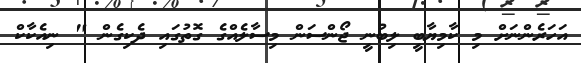
އަހަރެންނަށް މި ކާމިޔާބީ ލިބުނީ ޖޯންސަން މިސާލެއްގެ ގޮތުގައި ދެކިގެން " ނިއެކާކް